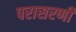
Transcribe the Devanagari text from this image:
परासरणी